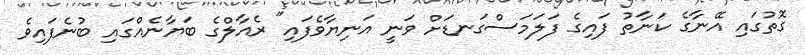
ގޮތުގައި އޭނާގެ ކަނާތު ފައިގެ ފަލަމަސްގަނޑަށް ވަނީ އަނިޔާވެފައި" ރެއާލްގެ ބަޔާނެއްގައި ބުނެފައިވެ